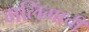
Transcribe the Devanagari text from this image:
मलिंगाची